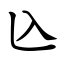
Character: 兦